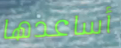
أساعدها